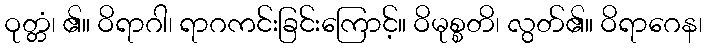
ဝုတ္တံ၊ ၏။ ဝိရာဂါ၊ ရာဂကင်းခြင်းကြောင့်။ ဝိမုစ္စတိ၊ လွတ်၏။ ဝိရာဂေန၊